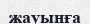
жауынға